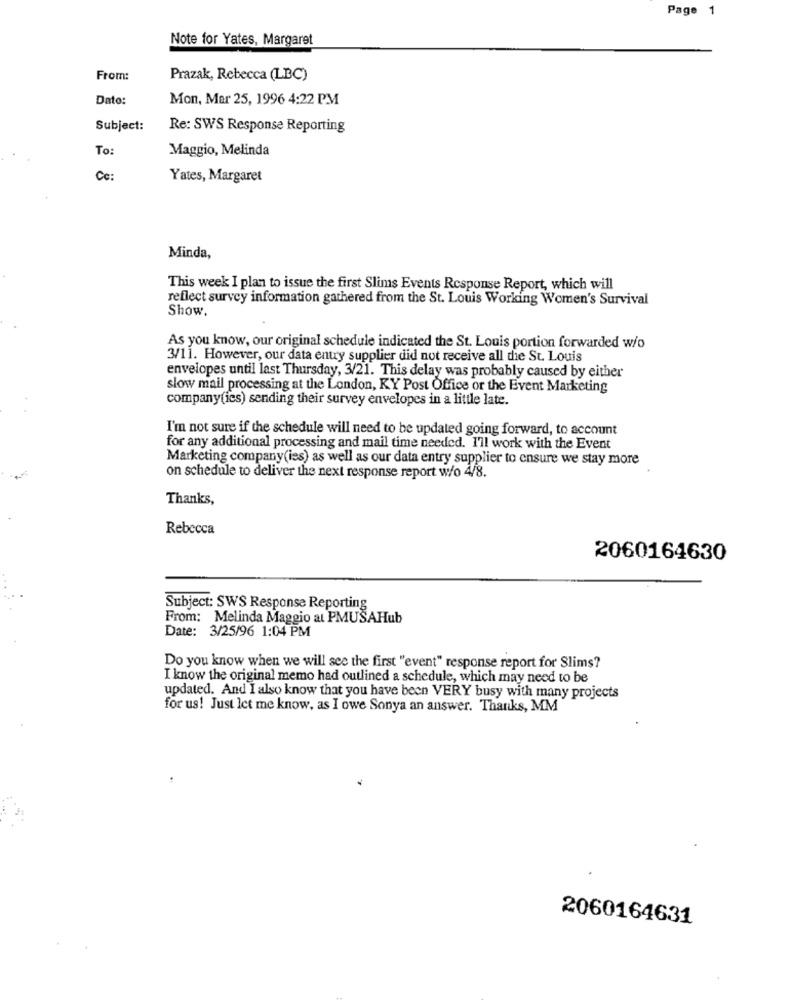
Page 1
Note for Yates, Margaret
From:
Prazak, Rebecca (LBC)
Dato:
Mon, Mar 25, 1996 4:22 PM
Subject:
Re: SWS Response Reporting
To:
Maggio, Melinda
Cc:
Yates, Margaret
Minda,
This week I plan to issue the first Slims Events Response Report, which will
reflect survey information gathered from the St. Louis Working Women's Survival
Show.
As you know, our original schedule indicated the St. Louis portion forwarded w/o
3/11. However, our data entry supplier did not receive all die St. Louis
envelopes until last Thursday, 3/21. This delay was probably caused by either
slow mail processing at the London, KY Post Office or the Event Marketing
company(ies) sending their survey envelopes in a little late.
I'm not sure if the schedule will need to be updated going forward, to account
for any additional processing and mail time needed. I'll work with the Event
Marketing company(ies) as well as our data entry supplier to ensure we stay more
on schedule to deliver the next response report w/o 4/8.
Thanks,
Rebecca
2060164630
Subject: SWS Response Reporting
From: Melinda Maggio al PMUSAHub
Date: 3/25/96 1:04 PM
Do you know when we will see the first "event" response report for Slims?
I know the original memo had outlined a schedule, which may need to be
updated. And I also know that you have been VERY busy with many projects
for us! Just let me know, as I owe Sonya an answer. Thanks, MM
2060164631